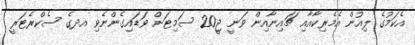
އެކަމުގެ ލިއުން އެމެރިކާއާއި ޗައިނާއިން ވަނީ ޖީ20 ސަމިޓަށް ވަޑައިގެންނެވި އދގެ ސެކްރެޓަރީ